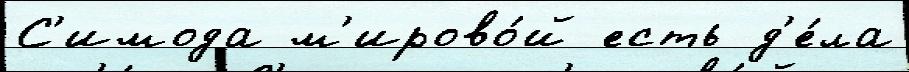
С'имода м'ирово́й есть д'е́ла